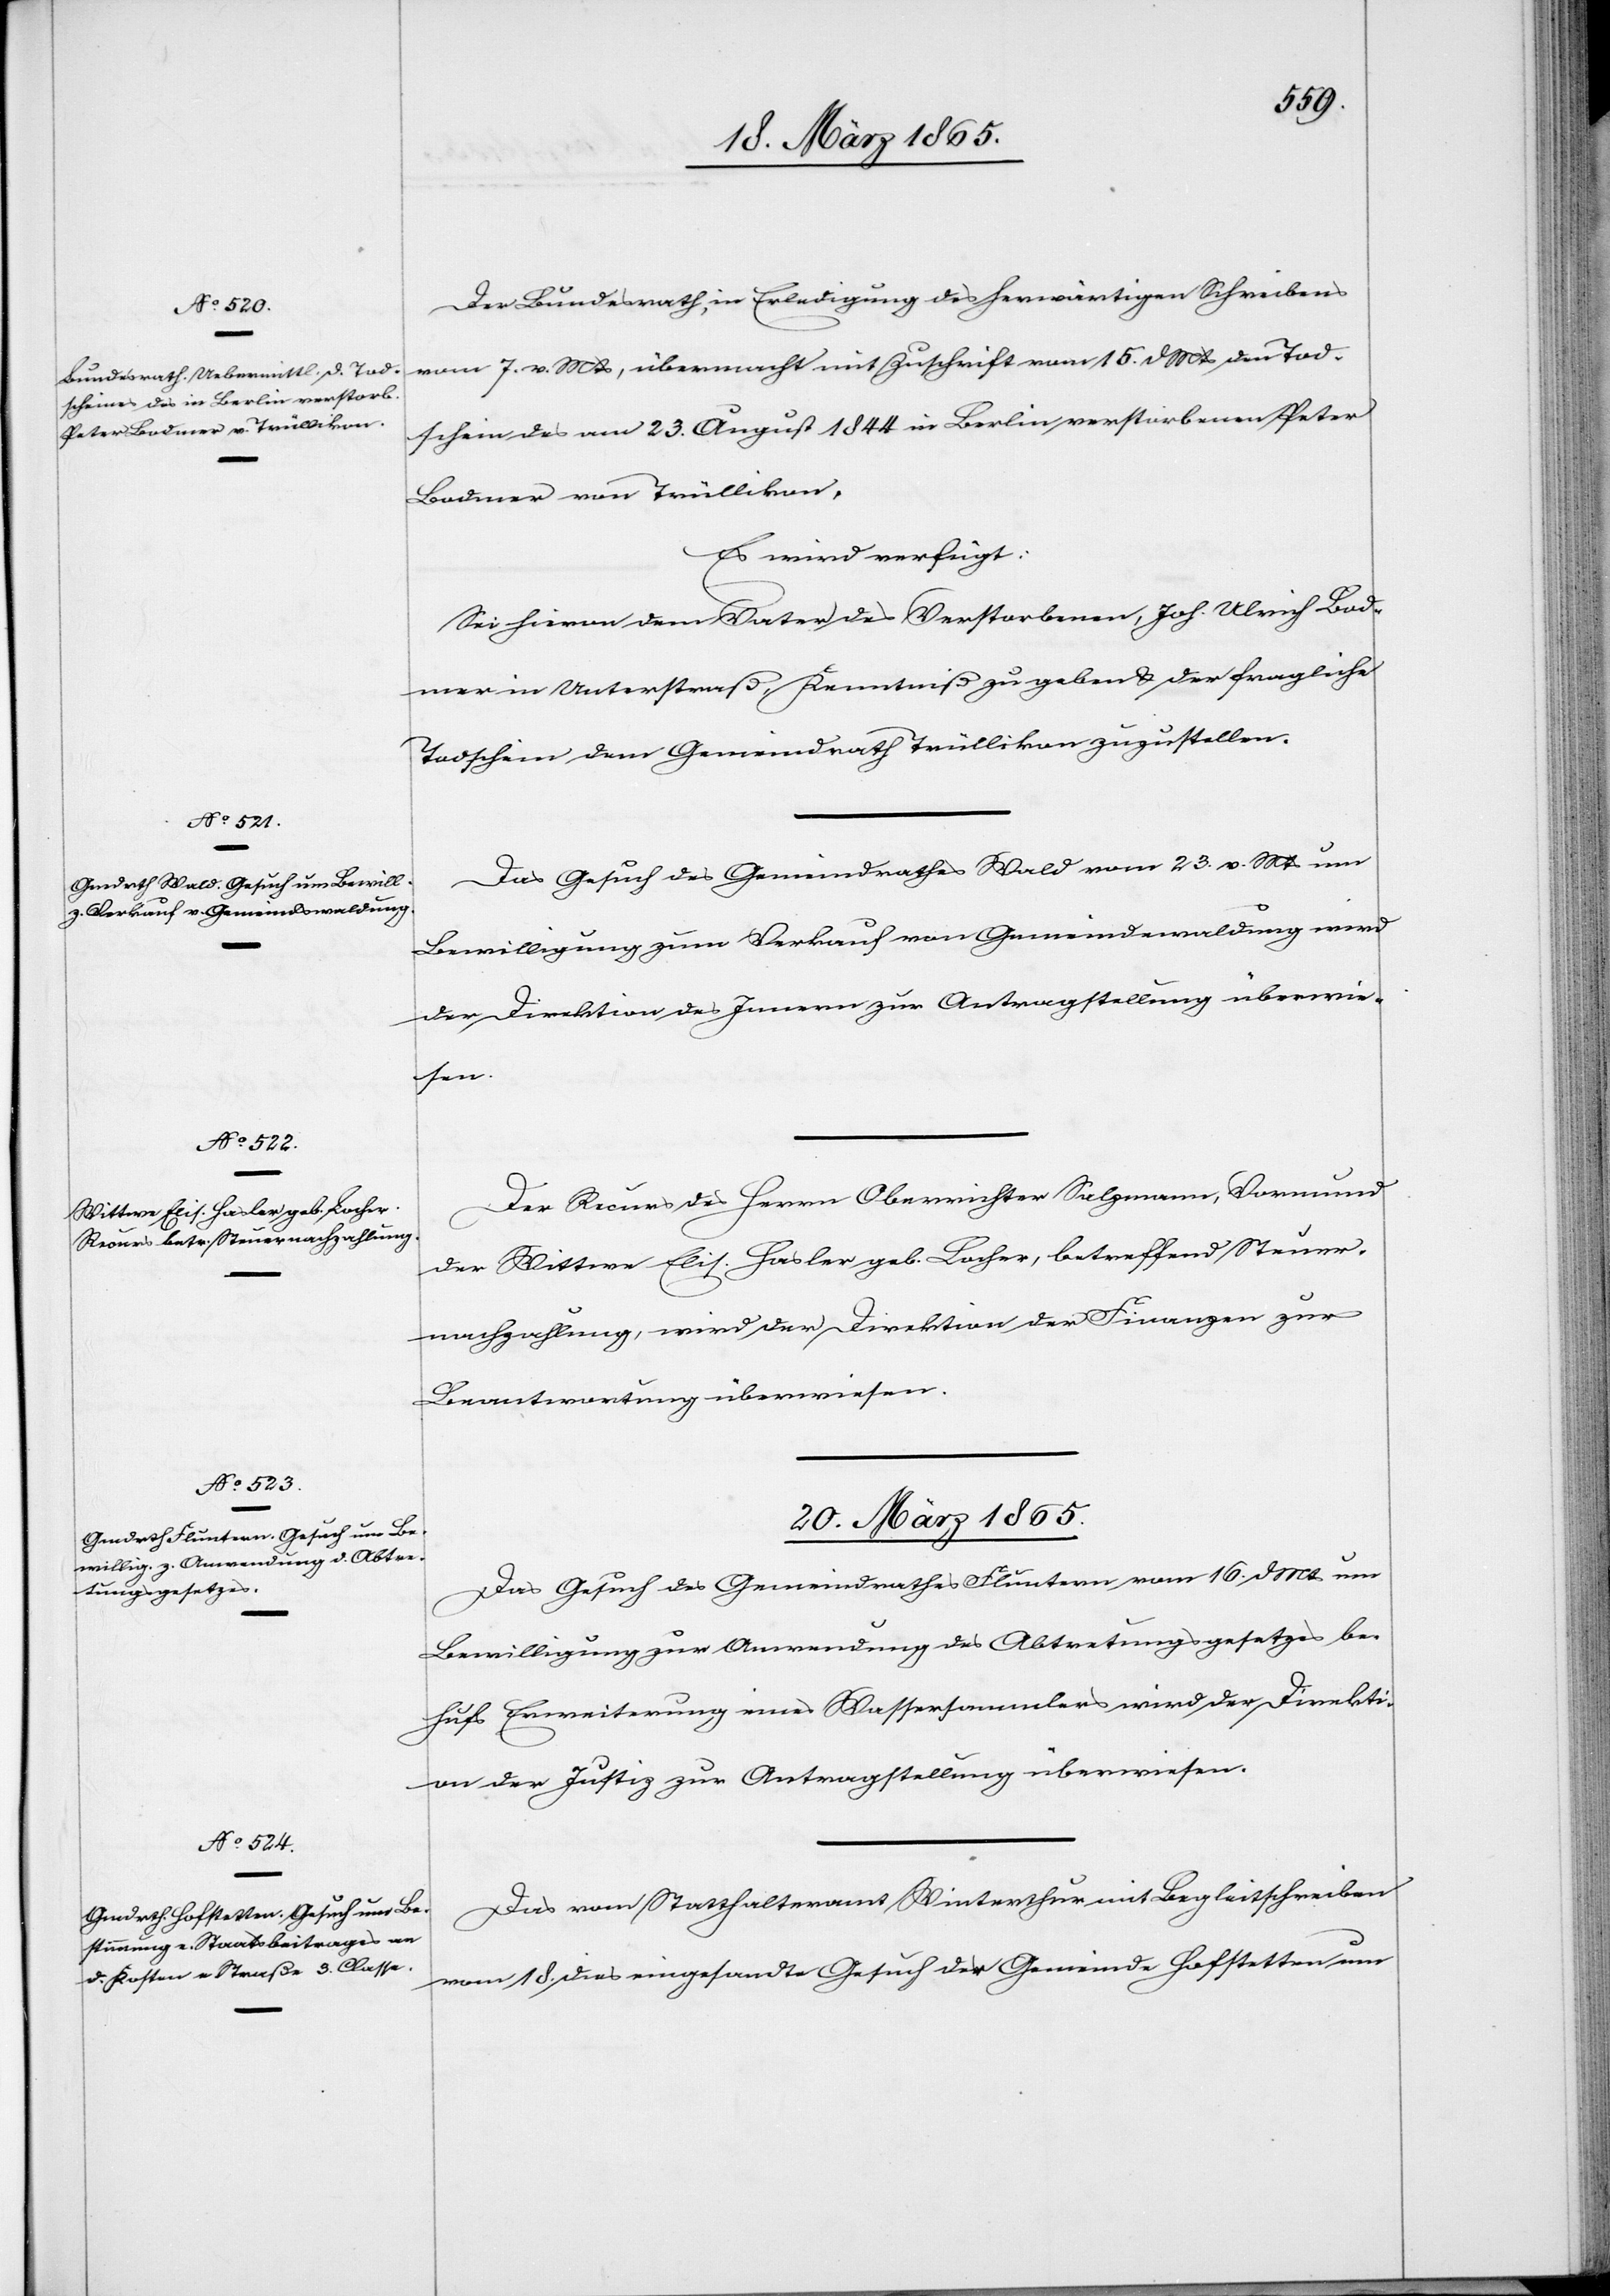
18. März 1865]
Der Bundesrath, in Erledigung des herwärtigen Schreibens
vom 7. v. Mts, übermacht mit Zuschrift vom 15. d Mts den Tod¬
schein des am 23. August 1844 in Berlin verstorbenen Peter
Bodmer von Trüllikon,
Es wird verfügt:
Sei hievon dem Vater des Verstorbenen, Joh. Ulrich Bod¬
mer in Unterstraß, Kenntniß zu geben & der fragliche
Todschein dem Gemeindrath Trüllikon zuzustellen.
Das Gesuch des Gemeindrathes Wald vom 23. v. Mts um
Bewilligung zum Verkauf von Gemeindewaldung wird
der Direktion des Innern zur Antragstellung überwie¬
sen.
Der Recurs des Herrn Oberrichter Salzmann, Vormund
der Wittwe Elis. Hasler geb. Locher, betreffend Steuer¬
nachzahlung, wird der Direktion der Finanzen zur
Beantwortung überwiesen.
20. März 1865.]
Das Gesuch des Gemeindrathes Fluntern vom 16. d Mts um
Bewilligung zur Anwendung des Abtretungsgesetzes be¬
hufs Erweiterung eines Wassersammlers wird der Direkti¬
on der Justiz zur Antragstellung überwiesen.
Das vom Statthalteramt Winterthur mit Begleitschreiben
vom 18. dies eingesandte Gesuch der Gemeinde Hofstetten um